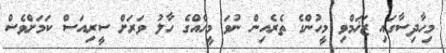
މިހާދިސާގައި ޒަޚަމްވި މީހުންގެ ތެރެއިން ނުވަ މީހެއްގެ ހާލު ވަރަށް ސީރިއަސް ކަމަށްވެސް